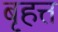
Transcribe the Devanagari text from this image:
बृहत्त